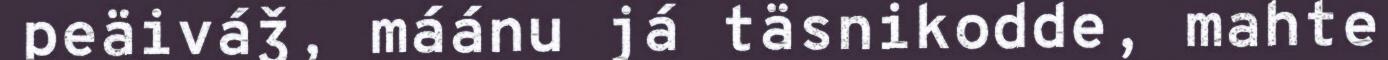
peäiváǯ, máánu já täsnikodde, mahte